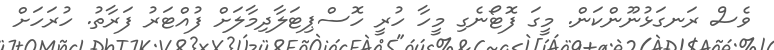
ވެސް ރަނގަޅުނޫންކަން. މީގަ ފޮޓޯނެގި މީހާ ހުރީ ހޮސްޕިޓަލާދިމާލަށް ފުއްޓަރު ފަރާތު. ހުރަހަށް